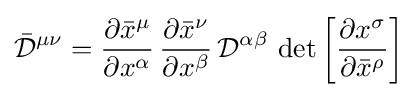
{\bar {\mathcal {D}}}^{\mu \nu }={\frac {\partial {\bar {x}}^{\mu }}{\partial x^{\alpha }}}\,{\frac {\partial {\bar {x}}^{\nu }}{\partial x^{\beta }}}\,{\mathcal {D}}^{\alpha \beta }\,\det \left[{\frac {\partial x^{\sigma }}{\partial {\bar {x}}^{\rho }}}\right]